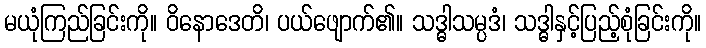
မယုံကြည်ခြင်းကို။ ဝိနောဒေတိ၊ ပယ်ဖျောက်၏။ သဒ္ဓါသမ္ပဒံ၊ သဒ္ဓါနှင့်ပြည့်စုံခြင်းကို။